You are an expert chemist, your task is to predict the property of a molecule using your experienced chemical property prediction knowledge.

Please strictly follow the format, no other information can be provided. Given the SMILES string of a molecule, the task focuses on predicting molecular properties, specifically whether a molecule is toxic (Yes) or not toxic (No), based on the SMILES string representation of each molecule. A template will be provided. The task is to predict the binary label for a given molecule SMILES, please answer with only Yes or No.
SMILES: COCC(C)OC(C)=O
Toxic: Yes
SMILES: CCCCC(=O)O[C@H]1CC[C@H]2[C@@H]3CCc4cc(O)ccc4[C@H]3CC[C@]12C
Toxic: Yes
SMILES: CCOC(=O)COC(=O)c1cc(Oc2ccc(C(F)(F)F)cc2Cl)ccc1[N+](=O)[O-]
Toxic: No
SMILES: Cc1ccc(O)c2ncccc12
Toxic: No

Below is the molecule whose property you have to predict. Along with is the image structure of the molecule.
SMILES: COC(OC)OC
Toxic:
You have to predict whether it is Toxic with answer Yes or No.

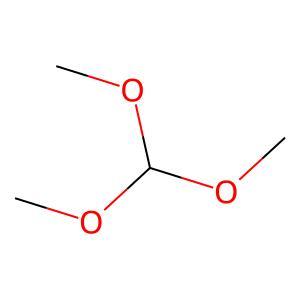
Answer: No